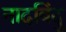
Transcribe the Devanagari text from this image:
नादबिंदु